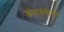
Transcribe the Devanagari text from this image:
अंत्यसंयोजन